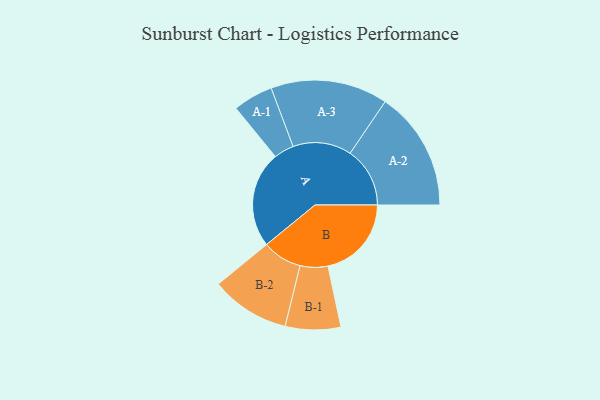
{"axis": {"x": "Segment", "y": "Value"}, "legend": ["", "A", "B"], "data": [{"x": "A", "y": 480, "type": ""}, {"x": "B", "y": 416, "type": ""}, {"x": "A-1", "y": 100, "type": "A"}, {"x": "A-2", "y": 298, "type": "A"}, {"x": "A-3", "y": 292, "type": "A"}, {"x": "B-1", "y": 138, "type": "B"}, {"x": "B-2", "y": 197, "type": "B"}]}